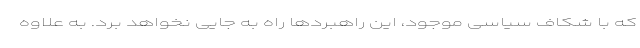
که با شکاف سیاسی موجود، این راهبردها راه به جایی نخواهد برد. به علاوه